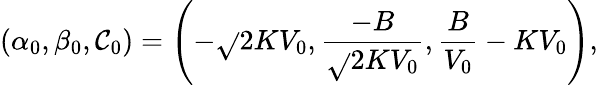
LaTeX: (\alpha_{0},\beta_{0},\mathcal{C}_{0})=\left(-\sqrt{}{{2K}}V_{0},\frac{{-B}}{{\sqrt{}{{2K}}V_{0}}},\frac{{B}}{{V_{0}}}-KV_{0}\right),